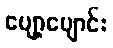
ပျော့ပျောင်း